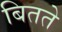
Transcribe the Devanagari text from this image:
बितते